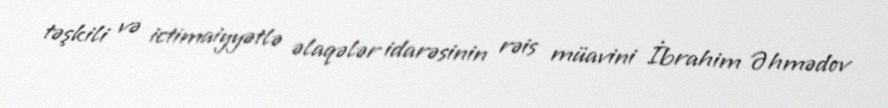
təşkili və ictimaiyyətlə əlaqələr idarəsinin rəis müavini İbrahim Əhmədov